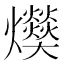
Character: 𤓔